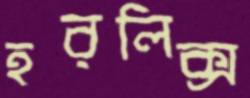
হরলিক্স